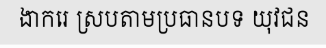
ងាករេ ស្របតាមប្រធានបទ យុវជន